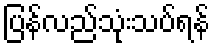
ပြန်လည်သုံးသပ်ရန်